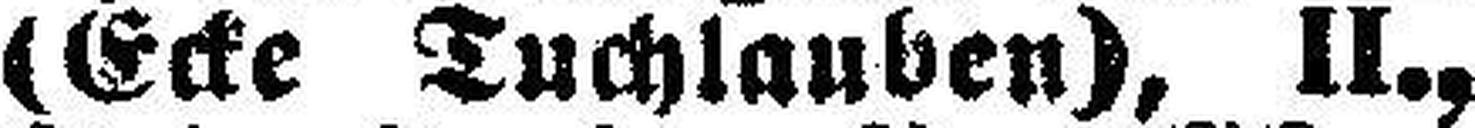
(Ecke Tuchlauben), II.,